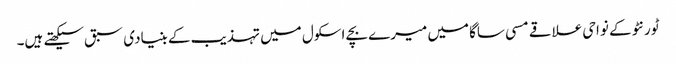
ٹورنٹو کے نواحی علاقے مسی ساگا میں میرے بچے اسکول میں تہذیب کے بنیادی سبق سیکھتے ہیں۔